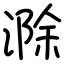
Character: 滁